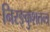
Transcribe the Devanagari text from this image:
निरङ्कुशतन्त्र